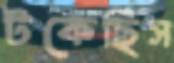
টকেছিস